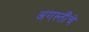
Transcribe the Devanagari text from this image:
अगस्तींचे